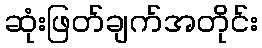
ဆုံးဖြတ်ချက်အတိုင်း